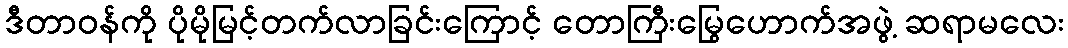
ဒီတာဝန်ကို ပိုမိုမြင့်တက်လာခြင်းကြောင့် တောကြီးမြွေဟောက်အဖွဲ့ ဆရာမလေး